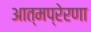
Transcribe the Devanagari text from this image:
आत्मप्रेरणा